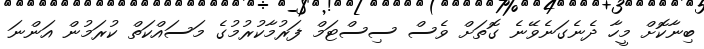
ބިނާކޮށް މީހާ ދެނެގަނެވޭނެ ގޮތަށް ވެސް ސިސްޓަމް ފަރުމާކުރުމުގެ މަސައްކަތް ކުރަމުން އަންނަ